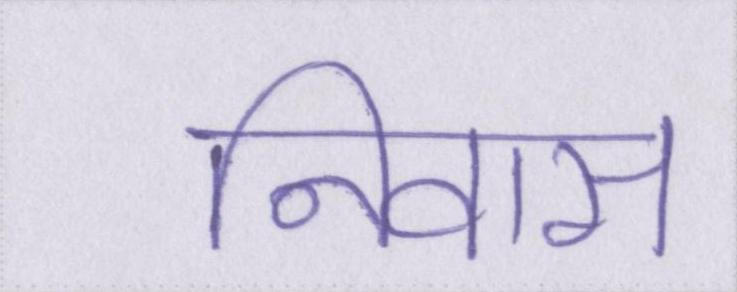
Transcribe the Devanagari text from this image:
निवास